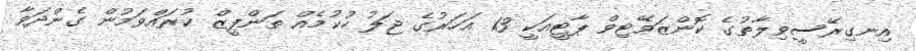
އިނގިރޭސީވިލާތުގެ ކޮންޒަވޭޓިވް ޕާޓީއަކީ 13 އަހަރުގެ ޖަލު ހުކުމެއް ތަންފީޒް ކުރައްވަމުން ގެންދަވާ